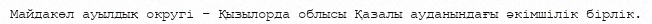
Майдакөл ауылдық округі – Қызылорда облысы Қазалы ауданындағы әкімшілік бірлік.